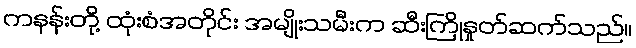
ကနန်းတို့ ထုံးစံအတိုင်း အမျိုးသမီးက ဆီးကြိုနှုတ်ဆက်သည်။